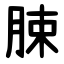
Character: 脨